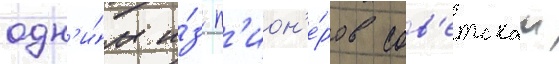
одн'и́м и́з п'ион'е́ров сов'етскои